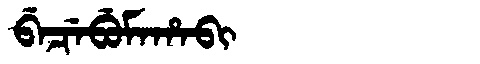
Manchu: ᠪᡝᠴᡝᠪᡠᠮᠠᡥᠠᠪᡳ
Romanization: BECEBUMAHABI